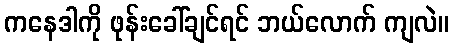
ကနေဒါကို ဖုန်းခေါ်ချင်ရင် ဘယ်လောက် ကျလဲ။